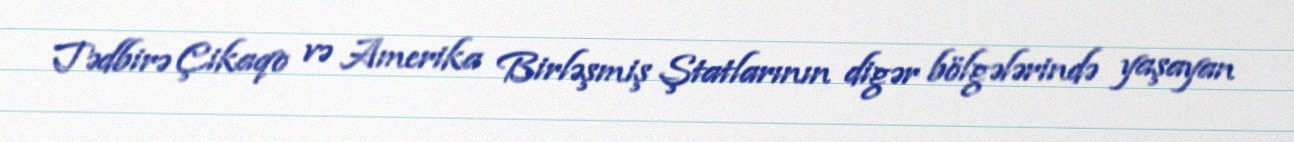
Tədbirə Çikaqo və Amerika Birləşmiş Ştatlarının digər bölgələrində yaşayan